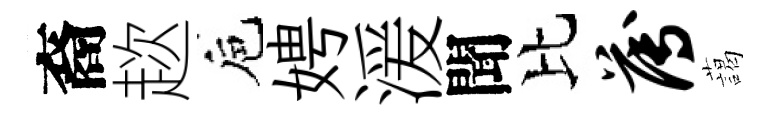
裔趑巵娉湲聞比薄藹